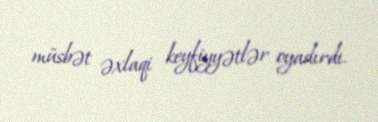
müsbət əxlaqi keyfiyyətlər oyadırdı.